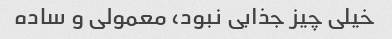
خیلی چیز جذابی نبود، معمولی و ساده